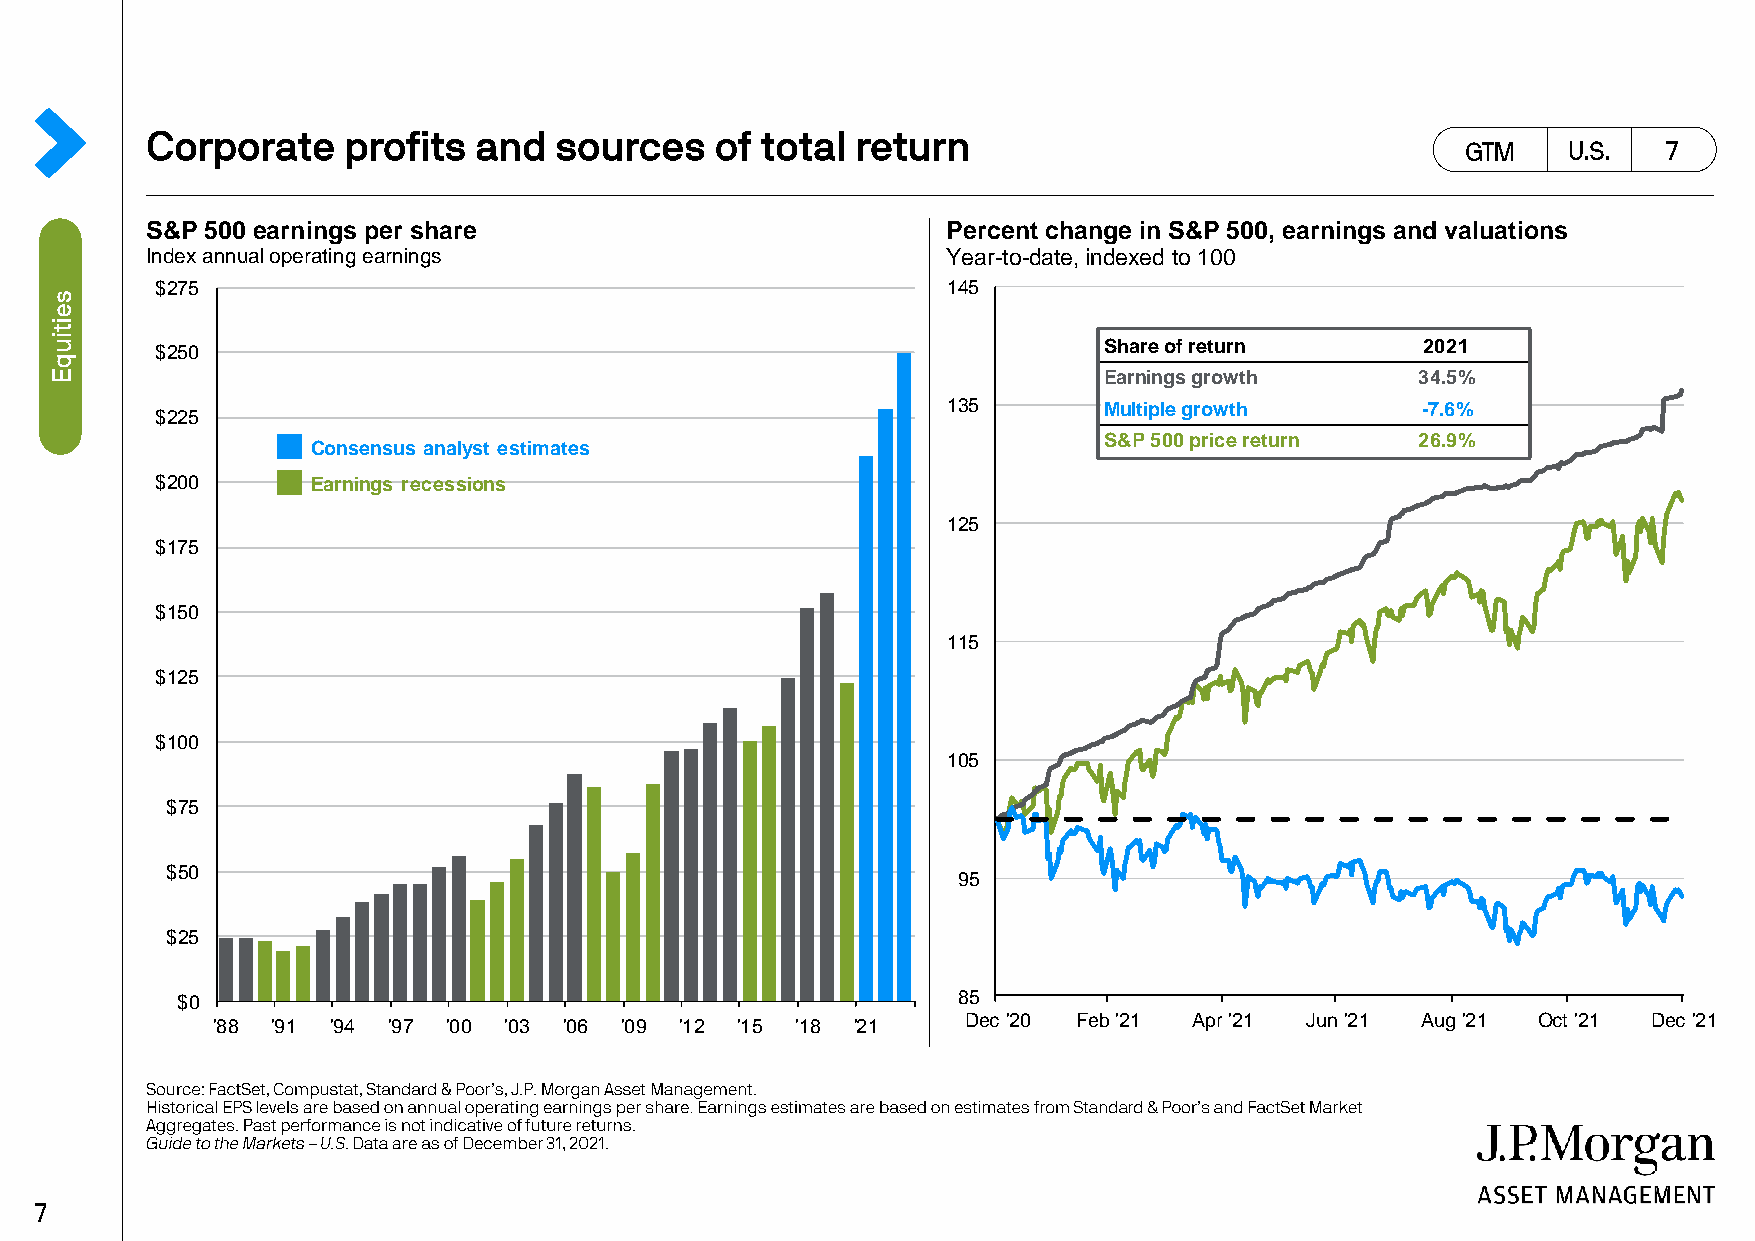
S&P 500 earnings per share                           Percent change in S&P 500, earnings and valuations
 Index annual operating earnings                      Year-to-date, indexed to 100
 $275                                                 145
 Share of return      2021
 $250
 Earnings growth      34.5%
 135       Multiple growth      -7.6%
 $225
 S&P 500 price return 26.9%
 Consensus analyst estimates
 $200       Earnings recessions
 125
 $175
 $150
 115
 $125
 $100
 105
 $75
 $50
 95
 $25
 $0                                                 85
 '88 '91 '94 '97 '00 '03 '06 '09 '12 '15 '18 '21   Dec '20 Feb '21 Apr '21 Jun '21 Aug '21 Oct '21 Dec '21